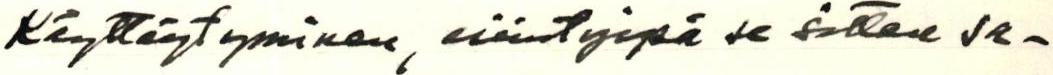
Käyttäytyminen, esiintyipä se sitten sa-